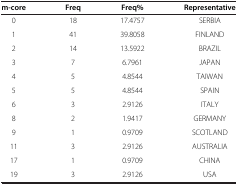
| m-core | Freq | Freq% | Representative |
 | --- | --- | --- | --- |
 | 0 | 18 | 17.4757 | SERBIA |
 | 1 | 41 | 39.8058 | FINLAND |
 | 2 | 14 | 13.5922 | BRAZIL |
 | 3 | 7 | 6.7961 | JAPAN |
 | 4 | 5 | 4.8544 | TAIWAN |
 | 5 | 5 | 4.8544 | SPAIN |
 | 6 | 3 | 2.9126 | ITALY |
 | 8 | 2 | 1.9417 | GERMANY |
 | 9 | 1 | 0.9709 | SCOTLAND |
 | 11 | 3 | 2.9126 | AUSTRALIA |
 | 17 | 1 | 0.9709 | CHINA |
 | 19 | 3 | 2.9126 | USA |